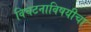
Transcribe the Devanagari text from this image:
विघटनाविषयीचा